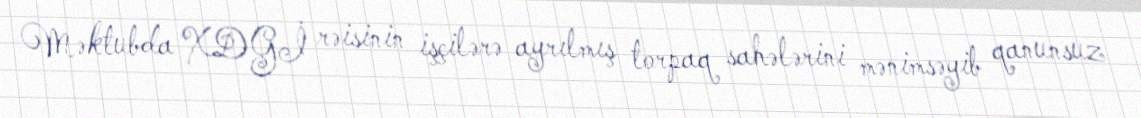
Məktubda XDGİ rəisinin işçilərə ayrılmış torpaq sahələrini mənimsəyib qanunsuz